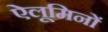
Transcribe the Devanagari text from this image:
ऐलूमिनों